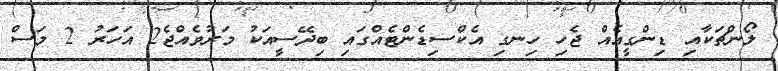
ލޯންޗަކާއި ޑިންގީއެއް ޖެހި ހިނގި އެކްސިޑެންޓެއްގައި ބިދޭސީއަކު މަރުވެއްޖެ2 އަހަރު 2 މަސް